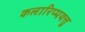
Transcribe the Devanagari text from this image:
कलारिप्पयत्तु